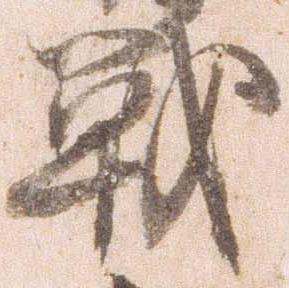
戦